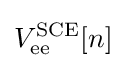
V_{\rm {ee}}^{\rm {SCE}}[n]